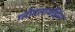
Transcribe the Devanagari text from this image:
ग्लोबलायझिंग